Civil Veterinary Department Bihar reports 1940-50 - 1940-1950
Year: 1940
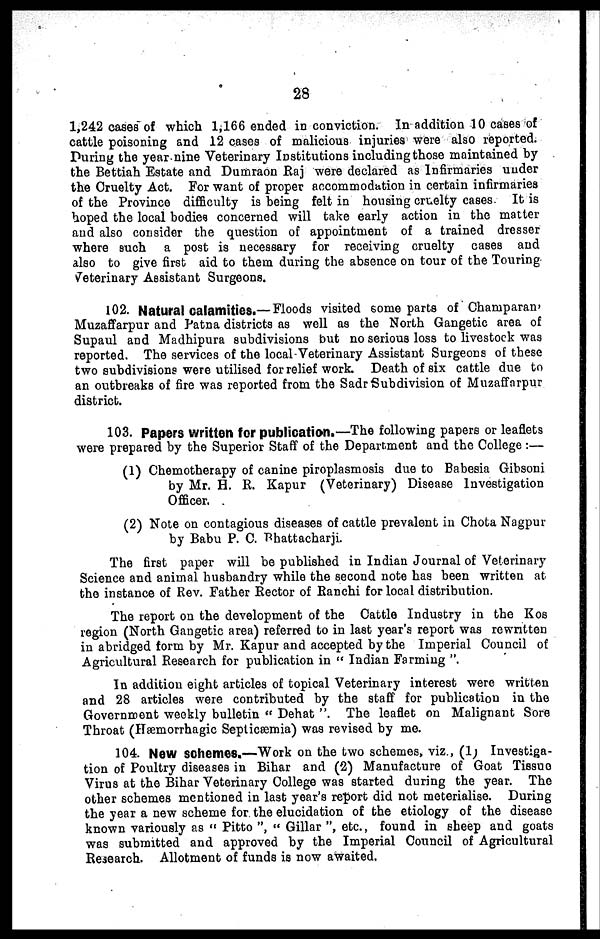
28
1,242 cases of which 1,166 ended in conviction. In addition 10 cases of
cattle poisoning and 12 cases of malicious injuries were also reported.
During the year nine Veterinary Institutions including those maintained by
the Bettiah Estate and Dumraon Raj were declared as Infirmaries under
the Cruelty Act. For want of proper accommodation in certain infirmaries
of the Province difficulty is being felt in housing cruelty cases. It is
hoped the local bodies concerned will take early action in the matter
and also consider the question of appointment of a trained dresser
where such a post is necessary for receiving cruelty cases and
also to give first aid to them during the absence on tour of the Touring
Veterinary Assistant Surgeons.
102. Natural calamities.— Floods visited some parts of Champaran
Muzaffarpur and Patna districts as well as the North Gangetic area of
Supaul and Madhipura subdivisions but no serious loss to livestock was
reported. The services of the local Veterinary Assistant Surgeons of these
two subdivisions were utilised for relief work. Death of six cattle due to
an outbreaks of fire was reported from the Sadr Subdivision of Muzaffarpur
district.
103. Papers written for publication.—The following papers or leaflets
were prepared by the Superior Staff of the Department and the College :—
(1) Chemotherapy of canine piroplasmosis due to Babesia Gibsoni
by Mr. H. R. Kapur (Veterinary) Disease Investigation
Officer.
(2) Note on contagious diseases of cattle prevalent in Chota Nagpur
by Babu P. C. Bhattacharji.
The first paper will bo published in Indian Journal of Veterinary
Science and animal husbandry while the second note has been written at
the instance of Rev. Father Rector of Ranchi for local distribution.
The report on the development of the Cattle Industry in the Kos
region (North Gangetic area) referred to in last year's report was rewritten
in abridged form by Mr. Kapur and accepted by the Imperial Council of
Agricultural Research for publication in " Indian Forming ".
In addition eight articles of topical Veterinary interest were written
and 28 articles were contributed by the staff for publication in the
Government weekly bulletin " Dehat ". The leaflet on Malignant Sore
Throat (Hæmorrhagic Septicæmia) was revised by me.
104. New schemes.—Work on the two schemes, viz., (1) Investiga-
tion of Poultry diseases in Bihar and (2) Manufacture of Goat Tissue
Virus at the Bihar Veterinary College was started during the year. The
other schemes mentioned in last year's report did not meterialise. During
the year a new scheme for the elucidation of the etiology of the disease
known variously as " Pitto ", " Gillar ", etc., found in sheep and goats
was submitted and approved by the Imperial Council of Agricultural
Research. Allotment of funds is now awaited.